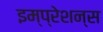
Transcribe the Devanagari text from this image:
इम्प्रेशन्स